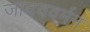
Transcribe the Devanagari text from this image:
जादववर्मन